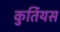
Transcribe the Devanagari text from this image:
कुर्तियस